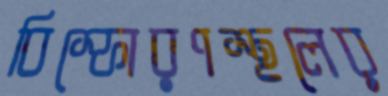
বিস্ফোরণস্থলের